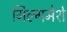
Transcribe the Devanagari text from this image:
गिल्गमेशे